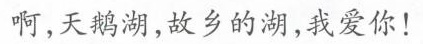
啊，天鹅湖，故乡的湖，我爱你！